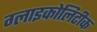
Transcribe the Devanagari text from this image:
ग्लाइकोलिटीक